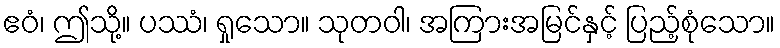
ဧဝံ၊ ဤသို့။ ပဿံ၊ ရှုသော။ သုတဝါ၊ အကြားအမြင်နှင့် ပြည့်စုံသော။